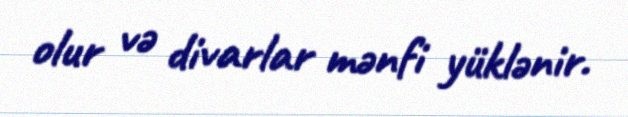
olur və divarlar mənfi yüklənir.